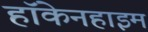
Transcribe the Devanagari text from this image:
हॉकेनहाइम